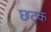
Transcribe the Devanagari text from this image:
छटक